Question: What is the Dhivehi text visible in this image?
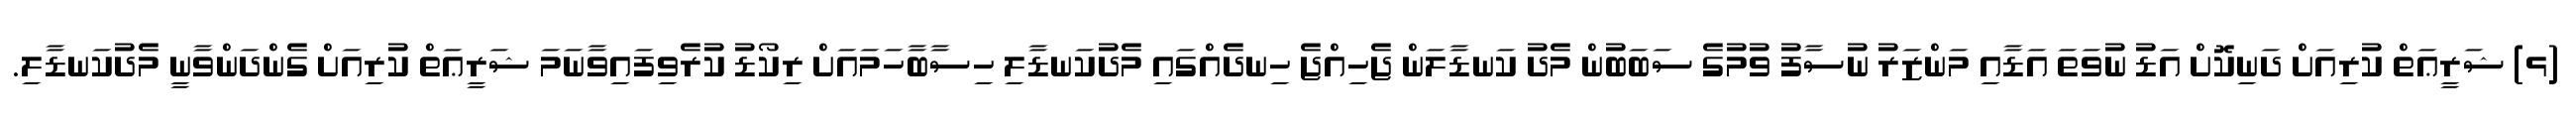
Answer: (ޅ) ޝަރީޢަތް ކުރިއަށް ދަނިކޮށް އަޑު ނުވަތަ އަޑާއި މަންޒަރު ނުސާފު ވުމުގެ ސަބަބުން މެދު ކަނޑާލަން ޖެހިއްޖެ ހިނދެއްގައި މެދުކަނޑާލި ހިސާބާހަމައަށް ރިކޯޑު ކުރެވިފައިވާނަމަ ޝަރީޢަތް ކުރިއަށް ގެންދަންވާނީ މެދުކަނޑާލި.